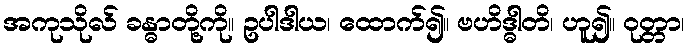
အကုသိုလ် ခန္ဓာတို့ကို။ ဥပါဒါယ၊ ထောက်၍။ ဗဟိဒ္ဓါတိ၊ ဟူ၍။ ဝုတ္တာ၊